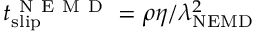
t _ { \mathrm { s l i p } } ^ { \mathrm { ~ N ~ E ~ M ~ D ~ } } = \rho \eta / \lambda _ { \mathrm { N E M D } } ^ { 2 }